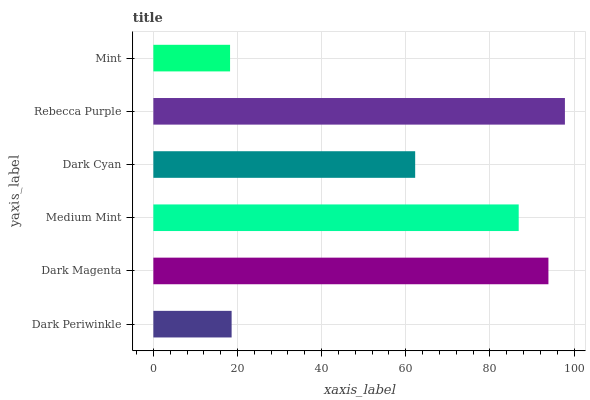
| yaxis_label | bars |
 | --- | --- |
 | Dark Periwinkle | 18.6 |
 | Dark Magenta | 93.9 |
 | Medium Mint | 86.8 |
 | Dark Cyan | 62.2 |
 | Rebecca Purple | 97.8 |
 | Mint | 18.2 |